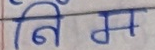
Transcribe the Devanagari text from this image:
निम